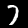
Digit: 7